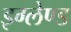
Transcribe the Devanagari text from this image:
इग्‍लेण्‍ड